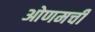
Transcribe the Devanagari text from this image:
ओणमची